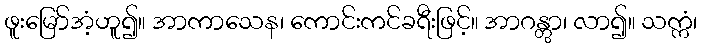
ဖူးမြော်အံ့ဟူ၍။ အာကာသေန၊ ကောင်းကင်ခရီးဖြင့်။ အာဂန္တွာ၊ လာ၍။ သက္ကံ၊